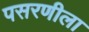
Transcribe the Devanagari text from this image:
पसरणीला